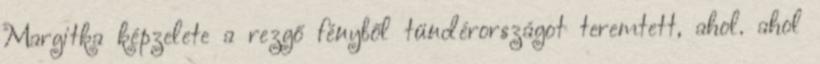
Margitka képzelete a rezgő fényből tündérországot teremtett, ahol. ahol